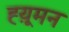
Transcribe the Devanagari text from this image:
ह्य़ूमन